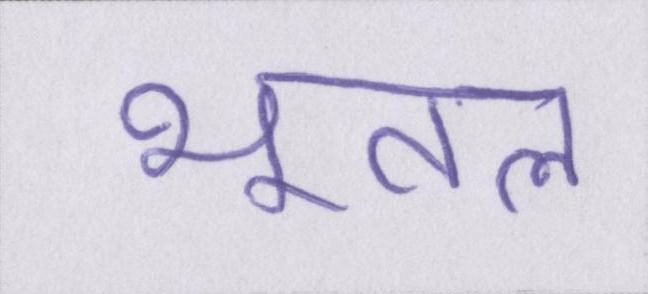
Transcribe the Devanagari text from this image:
भूतल